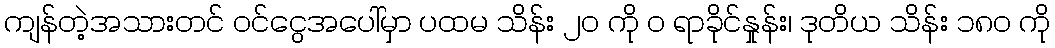
ကျန်တဲ့အသားတင် ဝင်ငွေအပေါ်မှာ ပထမ သိန်း ၂၀ ကို ဝ ရာခိုင်နှုန်း၊ ဒုတိယ သိန်း ၁၈၀ ကို